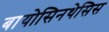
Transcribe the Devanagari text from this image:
बायोसिनथेसिस